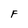
Character: F